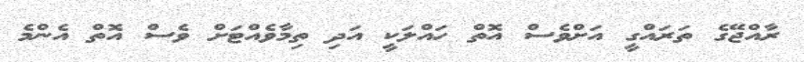
ރާއްޖޭގެ ތަރައްގީ އަށްވެސް އޮތް ހައްލަކީ އަދި ތިމާވެއްޓަށް ވެސް އޮތް އެންމެ